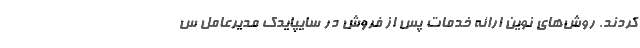
کردند. روش‌های نوین ارائه خدمات پس از فروش در سایپایدک مدیرعامل س